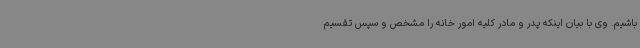
باشیم. وی با بیان اینکه پدر و مادر کلیه امور خانه را مشخص و سپس تقسیم